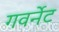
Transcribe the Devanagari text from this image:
गवर्नेट